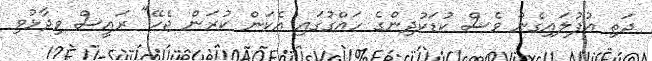
ދަތި އުފުލައިގެން ވެސް ކުޑަކުދިންގެ ހައްގުގައި އެކަން ކުރަން ޖެހޭ" ރައީސް ވިދާޅުވި